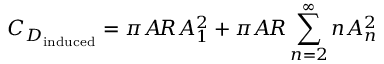
C _ { D _ { \mathrm { i n d u c e d } } } = \pi A \! R A _ { 1 } ^ { 2 } + \pi A \! R \sum _ { n = 2 } ^ { \infty } n A _ { n } ^ { 2 }